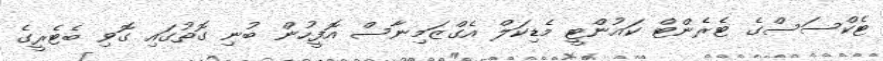
ޓެކްސަސްގެ ޓެރެންޓް ކައުންޓީ މެޑިކަލް އެގްޒަމިނާސް އޮފީހުން ބުނި ގޮތުގައި ގޮވި ބެޓެރީގެ